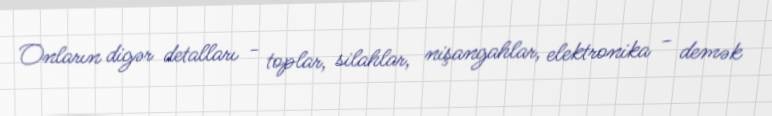
Onların digər detalları - toplar, silahlar, nişangahlar, elektronika - demək